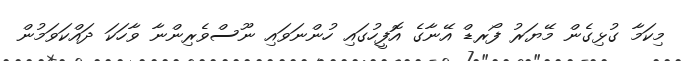
މިކަމާ ގުޅިގެން މޭޔަރު ފޯރޑް އޭނާގެ އޮފީހުގައި ހުންނަވައި ނޫސްވެރިންނާ ވާހަކަ ދައްކަވަމުން